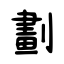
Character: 劃